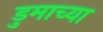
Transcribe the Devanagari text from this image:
डुमाच्या